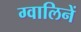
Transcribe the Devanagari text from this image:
ग्वालिनें